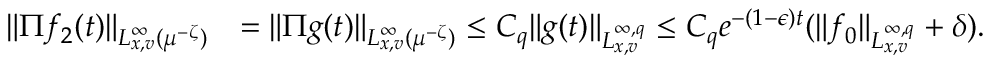
\begin{array} { r l } { \| \Pi f _ { 2 } ( t ) \| _ { L _ { x , v } ^ { \infty } ( \mu ^ { - \zeta } ) } } & { = \| \Pi g ( t ) \| _ { L _ { x , v } ^ { \infty } ( \mu ^ { - \zeta } ) } \leq C _ { q } \| g ( t ) \| _ { L _ { x , v } ^ { \infty , q } } \leq C _ { q } e ^ { - ( 1 - \epsilon ) t } ( \| f _ { 0 } \| _ { L _ { x , v } ^ { \infty , q } } + \delta ) . } \end{array}